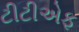
ટીટીએફ